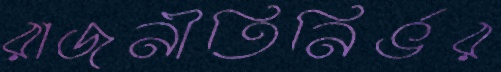
রাজনীতিনির্ভর